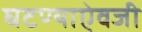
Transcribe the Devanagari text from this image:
घटण्याऐवजी